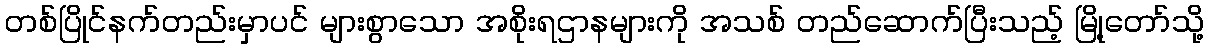
တစ်ပြိုင်နက်တည်းမှာပင် များစွာသော အစိုးရဌာနများကို အသစ် တည်ဆောက်ပြီးသည့် မြို့တော်သို့